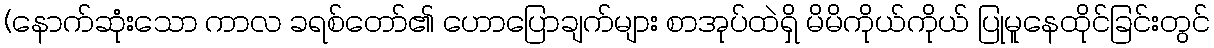
(နောက်ဆုံးသော ကာလ ခရစ်တော်၏ ဟောပြောချက်များ စာအုပ်ထဲရှိ မိမိကိုယ်ကိုယ် ပြုမူနေထိုင်ခြင်းတွင်